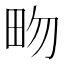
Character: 𤰿